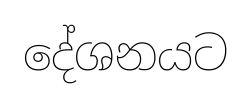
දේශනයට